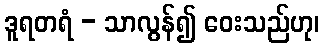
ဒူရတရံ - သာလွန်၍ ဝေးသည်ဟု၊